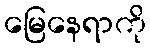
မြေနေရာကို